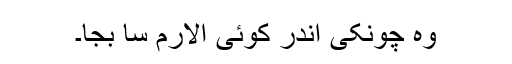
وہ چونکی اندر کوئی الارم سا بجا۔